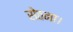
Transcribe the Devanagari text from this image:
सेठना।